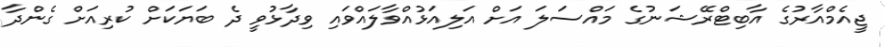
ޖީއެމްއާރުގެ އާބިޓްރޭޝަނުގެ މައްސަލަ އަށް އަލިއަޅުއްވާލައްވައި ވިދާޅުވީ ދެ ބަޔަކަށް ކުރިއަށް ގެންދާ